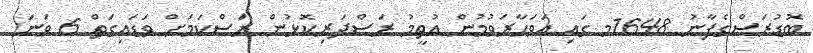
ބޮޑުރަސްގެފާނު 1648މ ގައި އަވަހާރަވުމުން އުތީމު ރަސްދަރިކޮޅުން ރަސްކަމަށް ވަޑައިގަތް 6 ވަނަ